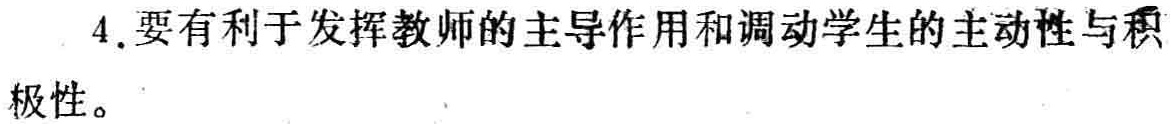
4.要有利于发挥教师的主导作用和调动学生的主动性与积极性。